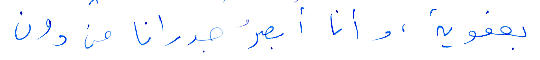
بعفوية، وأنا أبصر جدرانا من دون